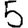
Digit: 5